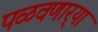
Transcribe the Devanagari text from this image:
पळवणार्‍या